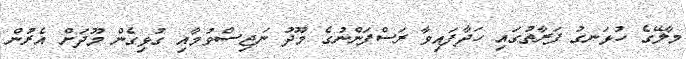
މާލޭގެ ހުޅަނގު ފަރާތުގައި ހަދާފައިވާ ރަސްފަންނުގެ މޫދު ނަޖިސްވުމާއި ގުޅިގެން މޫދަށް އެރުން